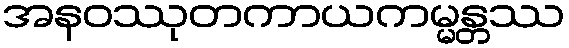
အနဝဿုတကာယကမ္မန္တဿ